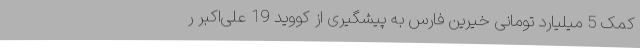
کمک 5 میلیارد تومانی خیرین فارس به پیشگیری از کووید 19 علی‌اکبر ر